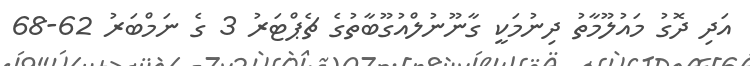
އަދި ދޮގު މައުލޫމާތު ދިނުމަކީ ގާނޫނުލްއުގޫބާތުގެ ޗެޕްޓަރު 3 ގެ ނަމްބަރު 62-68